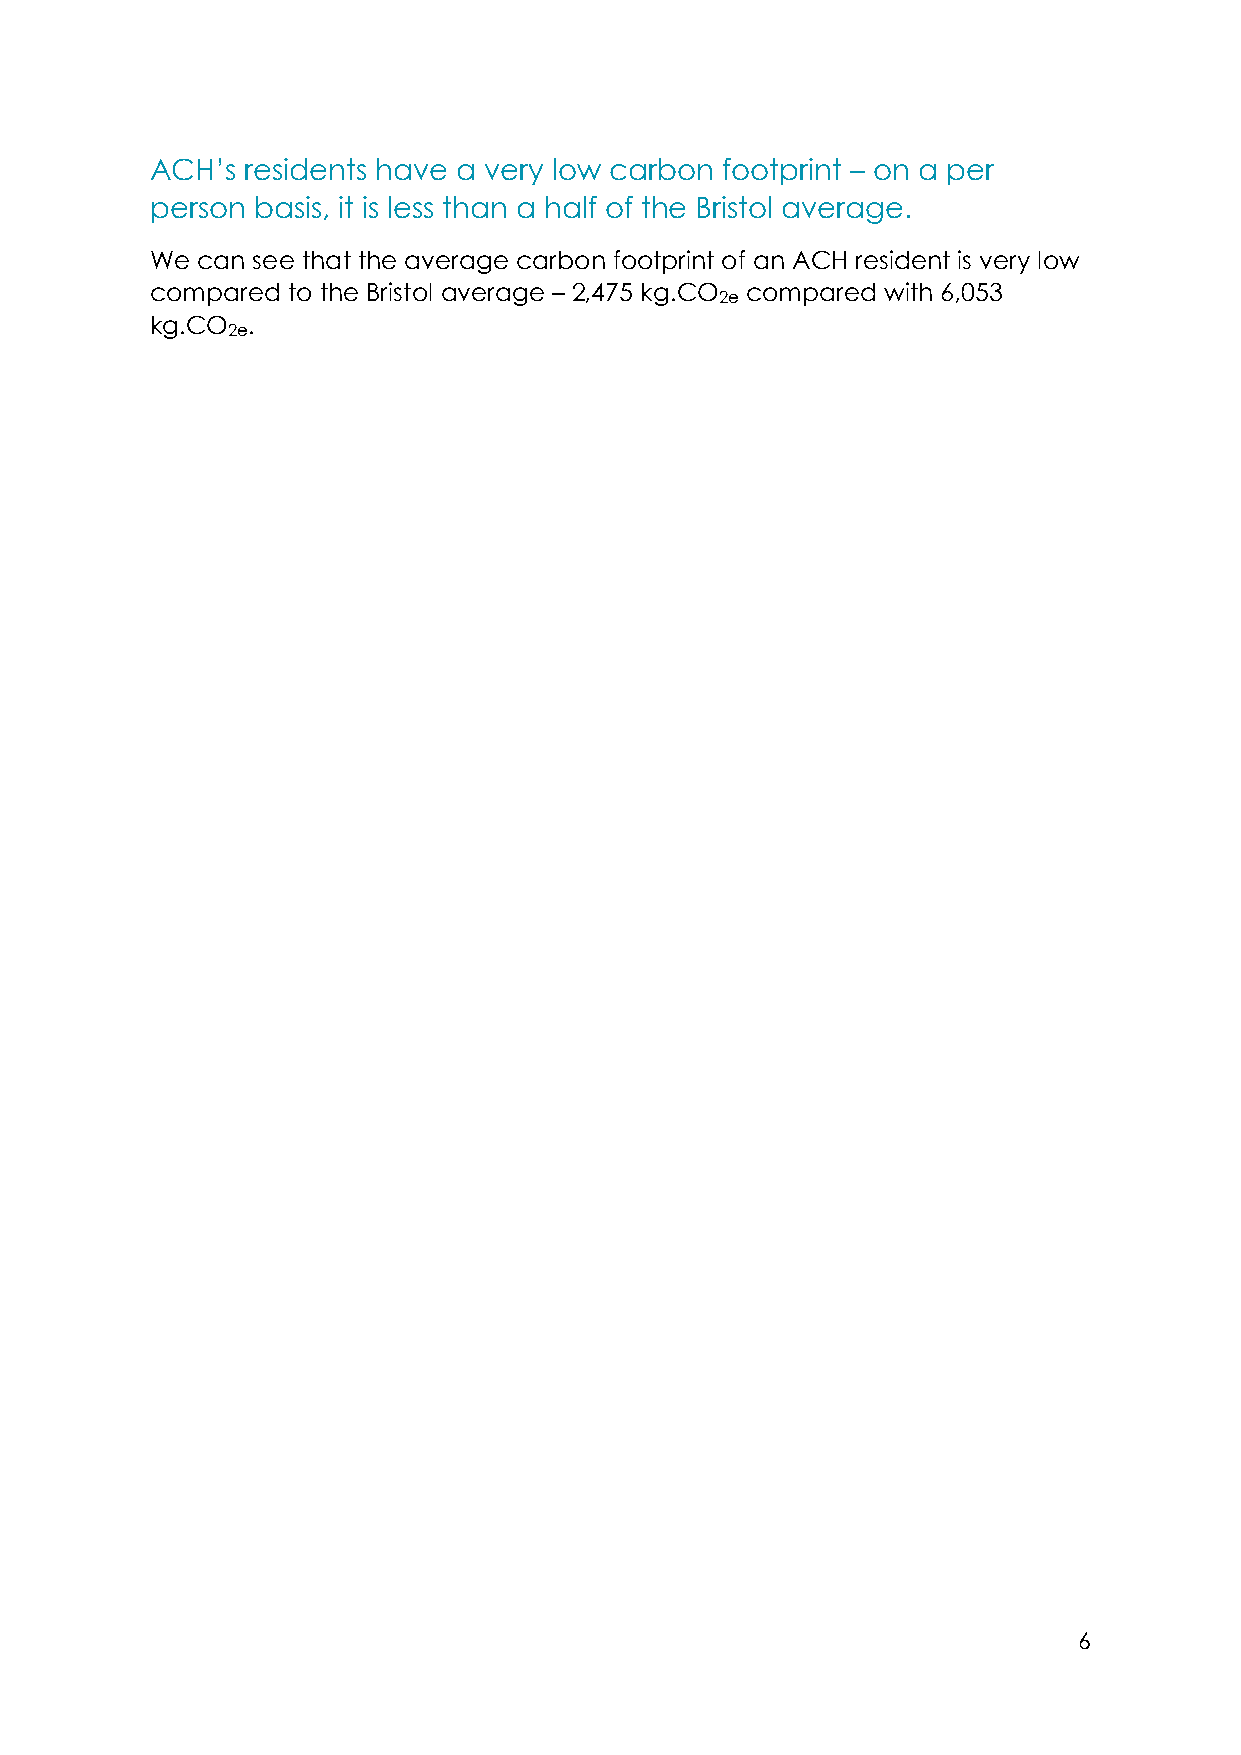
ACH’s residents have a very low carbon footprint – on a per
 person basis, it is less than a half of the Bristol average.
 We can see that the average carbon footprint of an ACH resident is very low
 compared to the Bristol average – 2,475 kg.CO compared with 6,053
 2e
 kg.CO .
 2e
 6